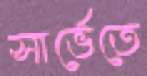
সার্ভেতে